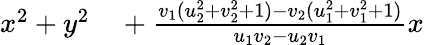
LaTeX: \begin{array}{rl}{x^{2}+y^{2}}&{{}{}+{\frac{v_{1}(u_{2}^{2}+v_{2}^{2}+1)-v_{2}(u_{1}^{2}+v_{1}^{2}+1)}{u_{1}v_{2}-u_{2}v_{1}}}x}\end{array}